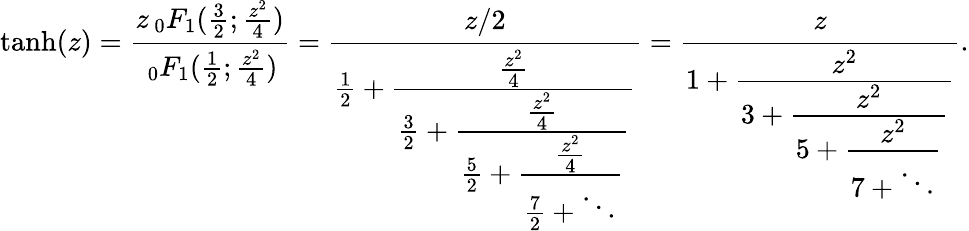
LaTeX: \operatorname{tanh}(z)={\frac{z\, _{0}F_{1}({\frac{3}{2}};{\frac{z^{2}}{4}})}{\, _{0}F_{1}({\frac{1}{2}};{\frac{z^{2}}{4}})}}={\cfrac{z/2}{{\frac{1}{2}}+{\cfrac{\frac{z^{2}}{4}}{{\frac{3}{2}}+{\cfrac{\frac{z^{2}}{4}}{{\frac{5}{2}}+{\cfrac{\frac{z^{2}}{4}}{{\frac{7}{2}}+\ddots}}}}}}}}={\cfrac{z}{1+{\cfrac{z^{2}}{3+{\cfrac{z^{2}}{5+{\cfrac{z^{2}}{7+\ddots}}}}}}}}.